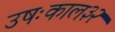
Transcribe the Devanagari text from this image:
उषःकाल३२